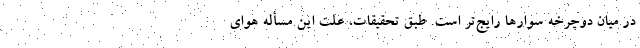
در میان دوچرخه سوار‌ها رایج‌تر است. طبق تحقیقات، علت این مسأله هوای